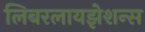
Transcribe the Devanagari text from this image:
लिबरलायझेशन्स